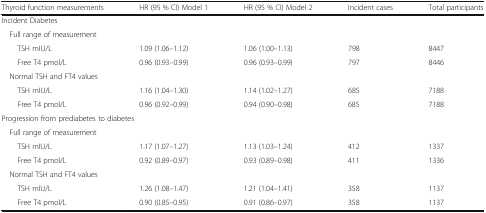
<table><thead><tr><td><b>Thyroid function measurements</b></td><td><b>HR (95 % CI) Model 1</b></td><td><b>HR (95 % CI) Model 2</b></td><td><b>Incident cases</b></td><td><b>Total participants</b></td></tr></thead><tbody><tr><td colspan="5">Incident Diabetes</td></tr><tr><td colspan="5"> Full range of measurement</td></tr><tr><td>TSH mIU/L</td><td>1.09 (1.06–1.12)</td><td>1.06 (1.00–1.13)</td><td>798</td><td>8447</td></tr><tr><td>Free T4 pmol/L</td><td>0.96 (0.93–0.99)</td><td>0.96 (0.93–0.99)</td><td>797</td><td>8446</td></tr><tr><td colspan="5"> Normal TSH and FT4 values</td></tr><tr><td>TSH mIU/L</td><td>1.16 (1.04–1.30)</td><td>1.14 (1.02–1.27)</td><td>685</td><td>7188</td></tr><tr><td>Free T4 pmol/L</td><td>0.96 (0.92–0.99)</td><td>0.94 (0.90–0.98)</td><td>685</td><td>7188</td></tr><tr><td colspan="5">Progression from prediabetes to diabetes</td></tr><tr><td colspan="5"> Full range of measurement</td></tr><tr><td>TSH mIU/L</td><td>1.17 (1.07–1.27)</td><td>1.13 (1.03–1.24)</td><td>412</td><td>1337</td></tr><tr><td>Free T4 pmol/L</td><td>0.92 (0.89–0.97)</td><td>0.93 (0.89–0.98)</td><td>411</td><td>1336</td></tr><tr><td colspan="5"> Normal TSH and FT4 values</td></tr><tr><td>TSH mIU/L</td><td>1.26 (1.08–1.47)</td><td>1.21 (1.04–1.41)</td><td>358</td><td>1137</td></tr><tr><td>Free T4 pmol/L</td><td>0.90 (0.85–0.95)</td><td>0.91 (0.86–0.97)</td><td>358</td><td>1137</td></tr></tbody></table>